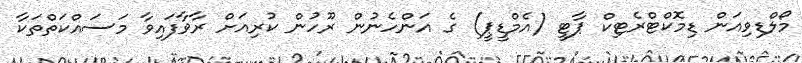
މޯލްޑިވިއަން ޑިމޮކްޓްރެޓިކް ޕާޓީ (އެމްޑީޕީ) ގެ އަންހެނުން ރޫހުން ކުރިއަށް ރާވާފައިވާ މަސައްކަތްތަކާ